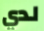
لدي